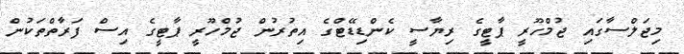
މިޖަލްސާގައި ޖުމްހޫރީ ޕާޓީގެ ރިޔާސީ ކެންޑިޑޭޓްގެ އިތުރުން ޖުމްހޫރީ ޕާޓީގެ އިސް ފަރާތްތަކުން